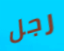
رجل